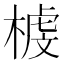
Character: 榩